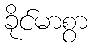
ခိုင်မာစွာ